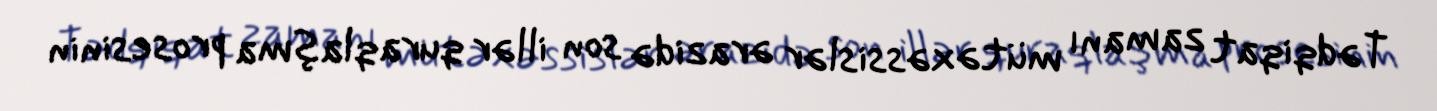
Tədqiqat zamanı mütəxəssislər ərazidə son illər quraqlaşma prosesinin